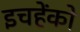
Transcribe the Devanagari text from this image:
इचहेंको